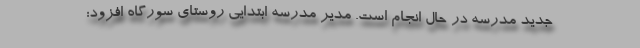
جدید مدرسه در حال انجام است. مدیر مدرسه ابتدایی روستای سورگاه افزود: